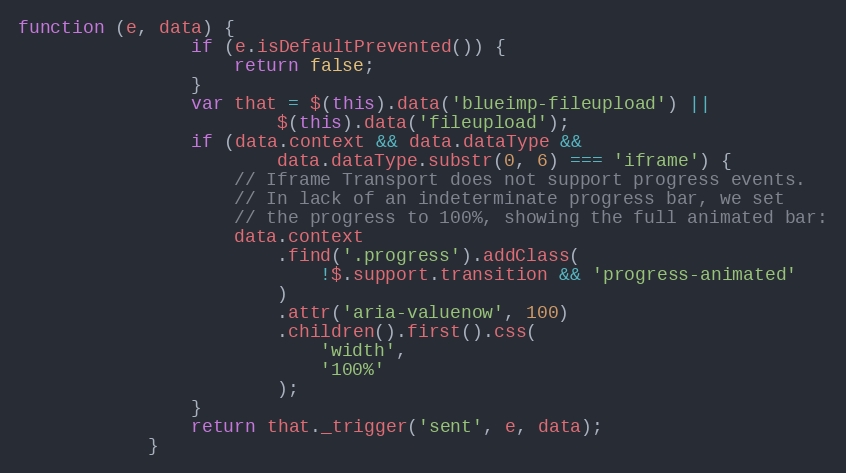
Language: JavaScript
function (e, data) {
                if (e.isDefaultPrevented()) {
                    return false;
                }
                var that = $(this).data('blueimp-fileupload') ||
                        $(this).data('fileupload');
                if (data.context && data.dataType &&
                        data.dataType.substr(0, 6) === 'iframe') {
                    // Iframe Transport does not support progress events.
                    // In lack of an indeterminate progress bar, we set
                    // the progress to 100%, showing the full animated bar:
                    data.context
                        .find('.progress').addClass(
                            !$.support.transition && 'progress-animated'
                        )
                        .attr('aria-valuenow', 100)
                        .children().first().css(
                            'width',
                            '100%'
                        );
                }
                return that._trigger('sent', e, data);
            }